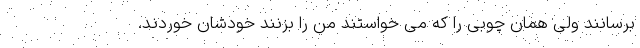
برسانند ولی همان چوبی را که می خواستند من را بزنند خودشان خوردند.